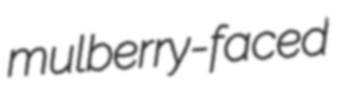
mulberry-faced